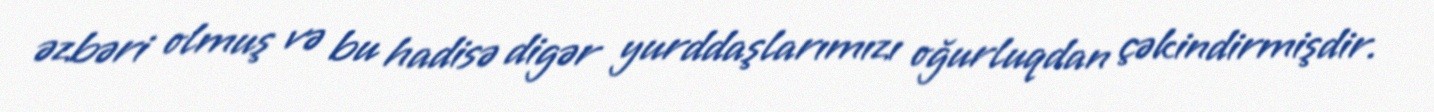
əzbəri olmuş və bu hadisə digər yurddaşlarımızı oğurluqdan çəkindirmişdir.